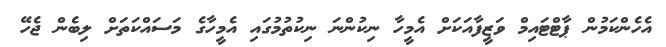
އެހެންކަމުން ޕާޓްޓައިމް ވަޒީފާއަކަށް އެމީހާ ނިކުންނަ ނިކުތުމުގައި އެމީހާގެ މަސައްކަތަށް ލިބެން ޖެހޭ